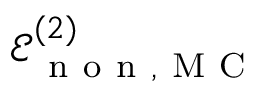
\mathcal { E } _ { \mathrm { ~ n ~ o ~ n ~ } , \mathrm { ~ M ~ C ~ } } ^ { ( 2 ) }